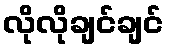
လိုလိုချင်ချင်